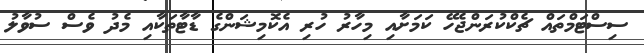
ސިސްޓަމްތައް ޗެކްކުރަންޖެހޭ ކަމަށާއި މިހާރު ހުރި އެކޮމިޝަންގެ ޑާޓާތަކާއި މެދު ވެސް ސުވާލު